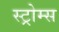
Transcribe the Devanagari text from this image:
स्ट्रोम्स